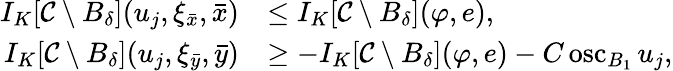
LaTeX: \begin{array}{rl}{I_{K}[\mathcal{C}\setminus B_{\delta}](u_{j},\xi_{\bar{x}},\bar{x})}&{\leq I_{K}[\mathcal{C}\setminus B_{\delta}](\varphi,e),}\\ {I_{K}[\mathcal{C}\setminus B_{\delta}](u_{j},\xi_{\bar{y}},\bar{y})}&{\geq-I_{K}[\mathcal{C}\setminus B_{\delta}](\varphi,e)-C\operatorname{osc}_{B_{1}}u_{j},}\end{array}